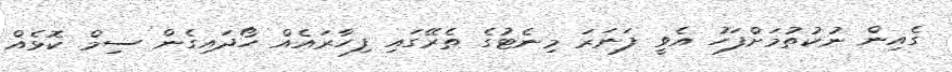
ގެއިން ނުކުތުމަށްފަހު އެވީ ފަނަރަ މިނެޓުގެ ތެރޭގައި ފިހާރައެއް ހޯދައިގެން ސިމް ކޮޅެއް